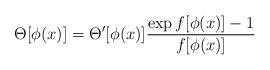
LaTeX: \begin{align*}\Theta [\phi(x)] = \Theta ^\prime [\phi(x)] \frac{ \exp f[\phi(x)]-1}{f[\phi(x)]}\end{align*}